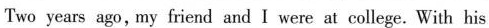
Two years ago, my friend and I were at college.With his